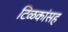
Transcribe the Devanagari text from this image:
टिळकांसह